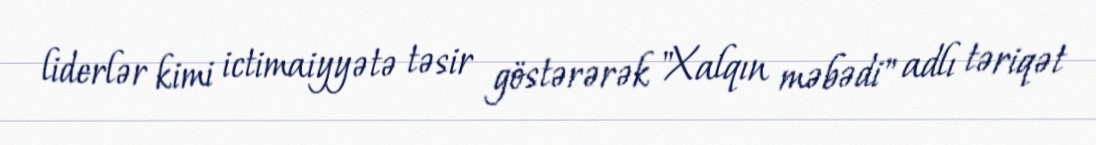
liderlər kimi ictimaiyyətə təsir göstərərək "Xalqın məbədi" adlı təriqət